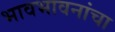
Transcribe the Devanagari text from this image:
भावभावनांचा